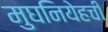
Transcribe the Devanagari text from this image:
मुघनियेहची